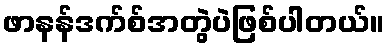
ဖာနန်ဒက်စ်အတွဲပဲဖြစ်ပါတယ်။